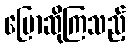
ပြောဆိုကြသည့်